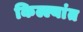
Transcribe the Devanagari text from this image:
किल्ल्यांत